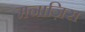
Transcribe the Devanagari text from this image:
मनाज़िरा